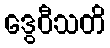
ဒွေဝီသတိ